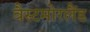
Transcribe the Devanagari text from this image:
वैस्टमोरलैंड